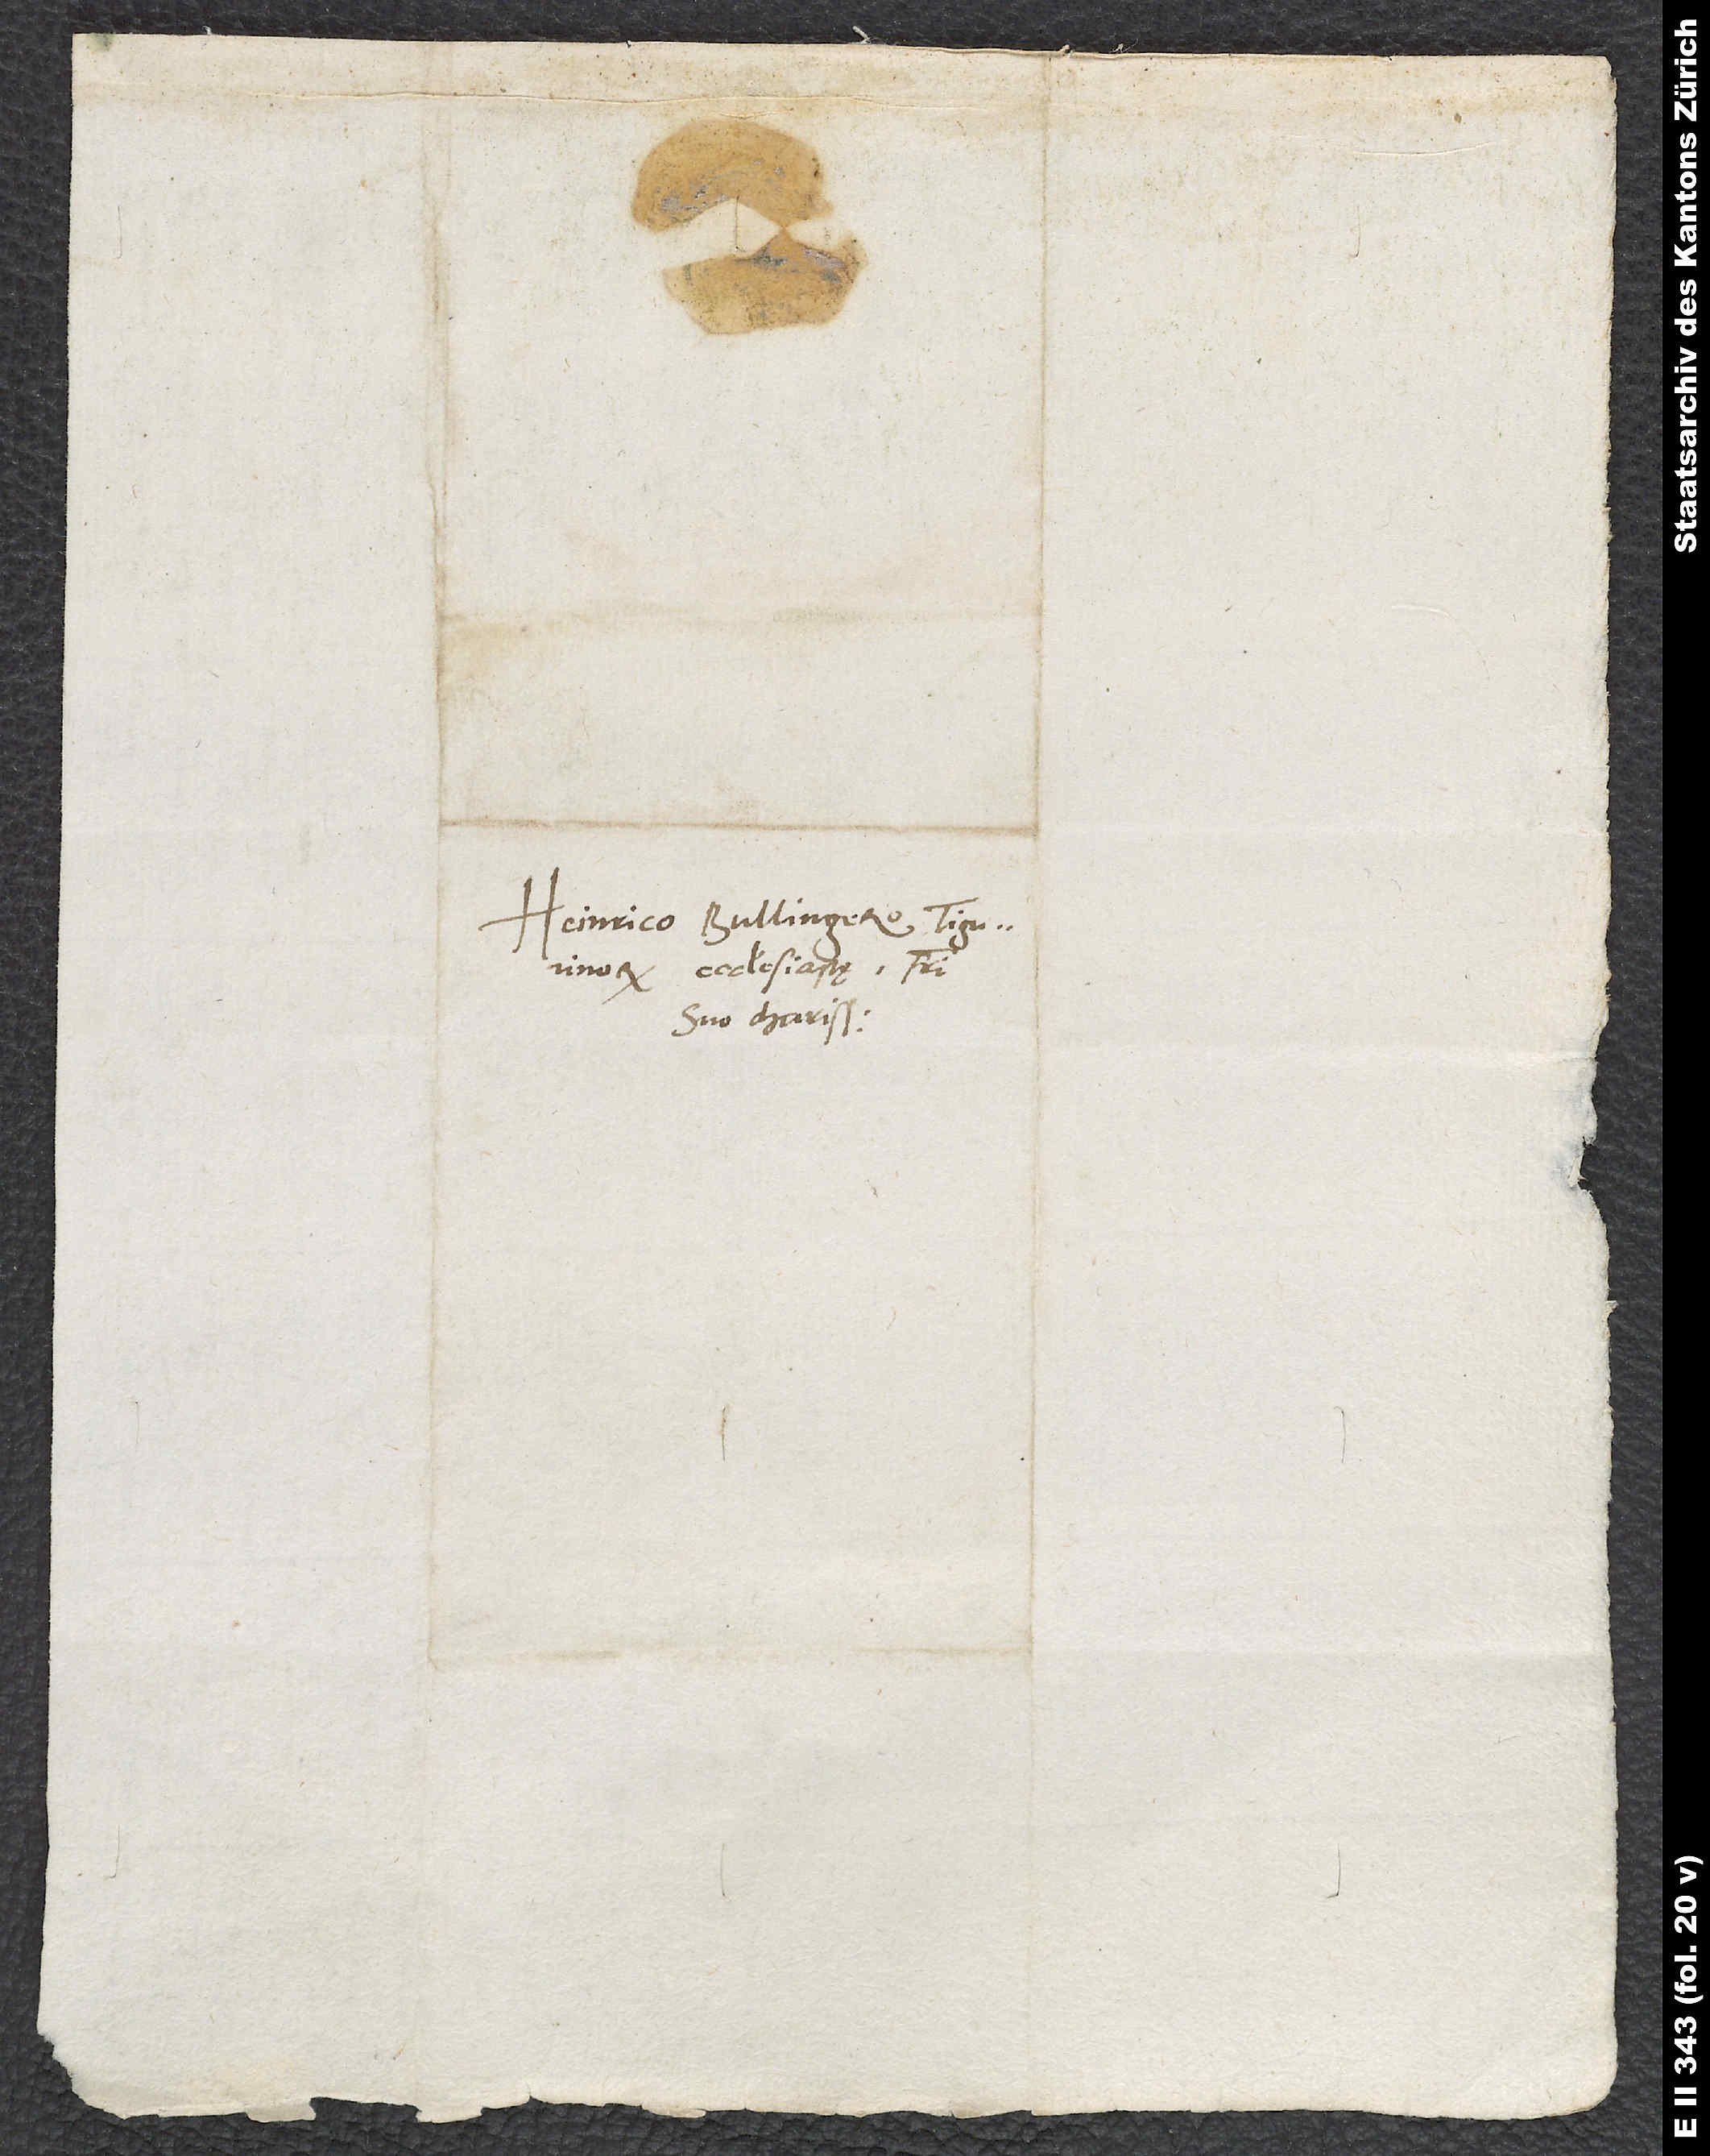
Heinrico Bullingero, Tigurinorum
ecclesiastę, fratri
suo charissimo.